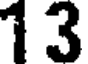
13